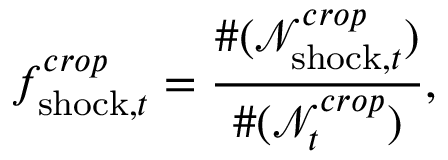
f _ { \mathrm { s h o c k } , t } ^ { c r o p } = \frac { \# ( \mathcal { N } _ { { \mathrm { s h o c k } } , t } ^ { c r o p } ) } { \# ( { \mathcal { N } } _ { t } ^ { c r o p } ) } ,